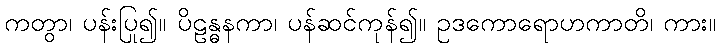
ကတွာ၊ ပန်းပြု၍။ ပိဠန္ဓနကာ၊ ပန်ဆင်ကုန်၍။ ဥဒကောရောဟကာတိ၊ ကား။